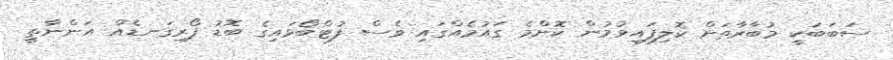
ސަބަބަކީ މުބާރާތަށް ކޮލިފައިވުމުން ކޮންމެ ގައުމެއްގައި ވެސް ފުޓްބޯޅައިގެ ބޮޑު ފޯރިގަނޑެއް އަންނާތީ